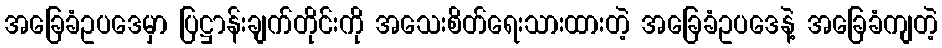
အခြေခံဥပဒေမှာ ပြဋ္ဌာန်းချက်တိုင်းကို အသေးစိတ်ရေးသားထားတဲ့ အခြေခံဥပဒေနဲ့ အခြေခံကျတဲ့